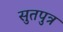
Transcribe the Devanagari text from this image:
सुतपुत्र